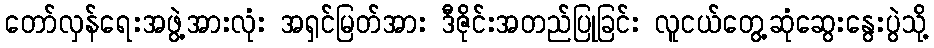
တော်လှန်ရေးအဖွဲ့အားလုံး အရှင်မြတ်အား ဒီဇိုင်းအတည်ပြုခြင်း လူငယ်တွေ့ဆုံဆွေးနွေးပွဲသို့